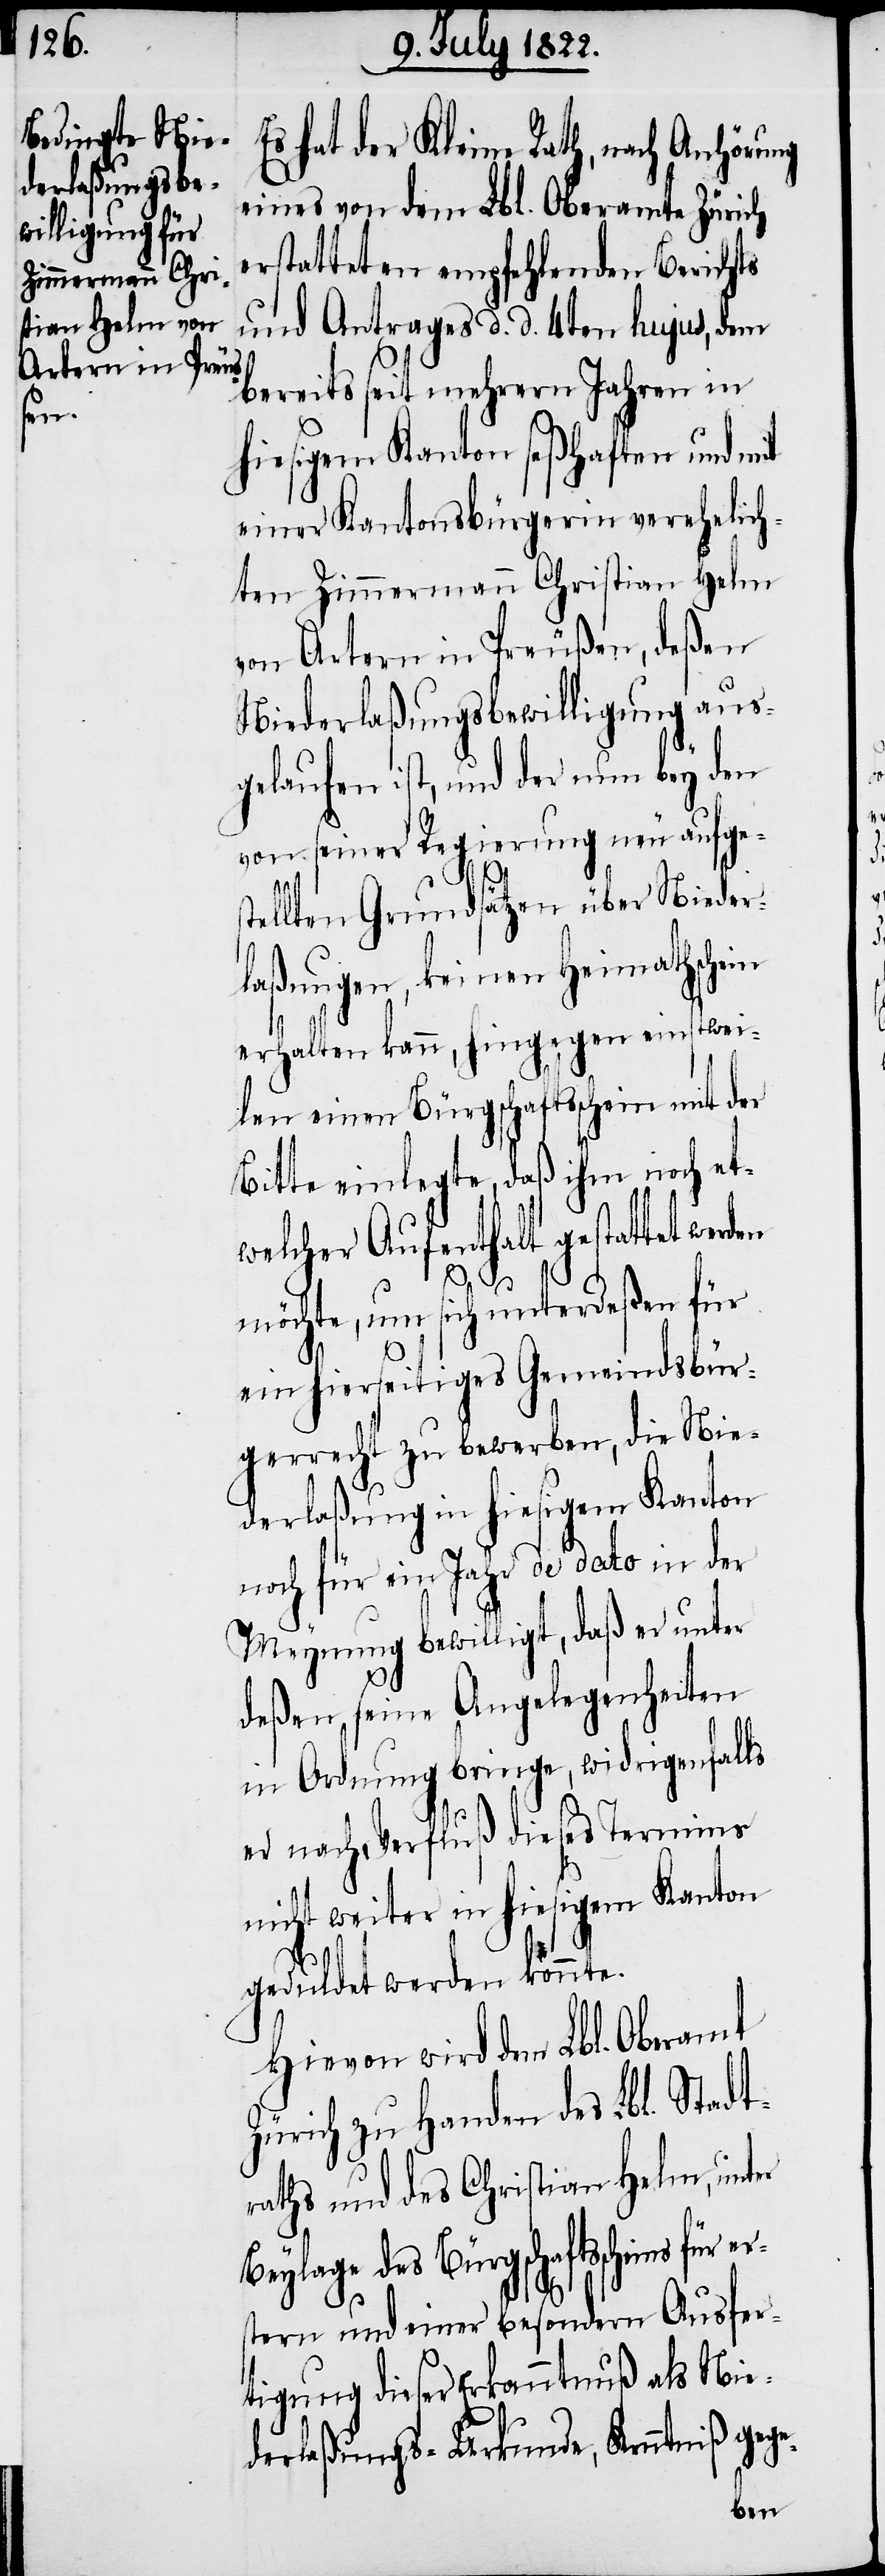
Es hat der Kleine Rath, nach Anhörung
eines von dem Lbl. Oberamte Zürich
erstatteten empfehlenden Berichts
und Antrages d. d. 4ten hujus, dem
bereits seit mehrern Jahren in
hiesigem Kanton seßhaften und mit
einer Kantonsbürgerin verehelich¬
ten Zimmermann Christian Helm
von Artern in Preußen, deßen
Niederlaßungsbewilligung aus¬
gelaufen ist, und der nun bey den
von seiner Regierung neu aufges¬
tellten Grundsätzen über Nieder¬
laßungen, keinen Heimathschein
erhalten kann, hingegen einstwei¬
len einen Bürgschaftsschein mit der
Bitte einlegte, daß ihm noch et¬
welcher Aufenthalt gestattet wer¬
möchte, um sich unterdeßen für
ein hierseitiges Gemeindsbür¬
gerrecht zu bewerben, die Nie¬
derlaßung in hiesigem Kanton
noch für ein Jahr de dato in der
Meynung bewilligt, daß er unter
deßen seine Angelegenheiten
in Ordnung bringe, widrigenfalls
er nach Verfluß dieses Termins
nicht weiter in hiesigem Kanton
geduldet werden könnte.
Hievon wird dem Lbl. Oberamt
Zürich zu Handen des Lbl. Stadt¬
raths und des Christian Helm, unter
Beylage des Bürgschaftsscheins
stern und einer besondern Ausfer¬
tigung dieser Erkanntnuß als Nie¬
derlaßungs-Urkunde, Kenntniß gege-
er¬